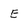
Character: E